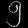
Digit: ၅